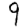
Digit: 9